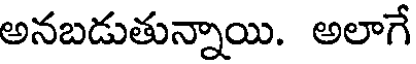
అనబడుతున్నాయి. అలాగే